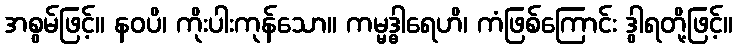
အစွမ်ဖြင့်။ နဝပိ၊ ကိုးပါးကုန်သော။ ကမ္မဒ္ဓါရေဟိ၊ ကံဖြစ်ကြောင်း ဒွါရတို့ဖြင့်။